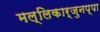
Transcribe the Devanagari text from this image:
मल्लिकार्जुनप्पा